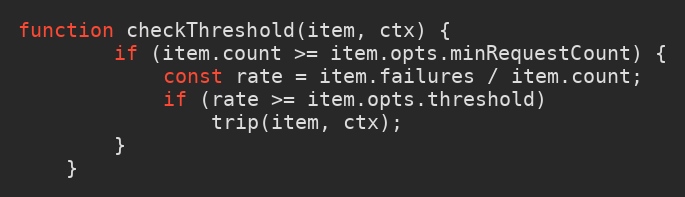
Language: JavaScript
function checkThreshold(item, ctx) {
		if (item.count >= item.opts.minRequestCount) {
			const rate = item.failures / item.count;
			if (rate >= item.opts.threshold)
				trip(item, ctx);
		}
	}